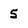
Character: 5